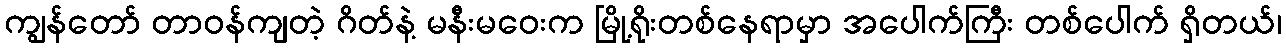
ကျွန်တော် တာဝန်ကျတဲ့ ဂိတ်နဲ့ မနီးမဝေးက မြို့ရိုးတစ်နေရာမှာ အပေါက်ကြီး တစ်ပေါက် ရှိတယ်၊